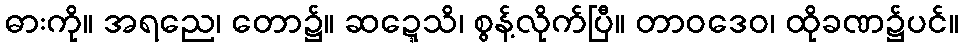
ဓားကို။ အရညေ၊ တော၌။ ဆဍ္ဍေသိ၊ စွန့်လိုက်ပြီ။ တာဝဒေဝ၊ ထိုခဏ၌ပင်။